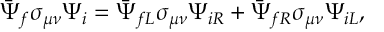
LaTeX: \bar { \Psi } _ { f } \sigma _ { \mu \nu } \Psi _ { i } = \bar { \Psi } _ { f L } \sigma _ { \mu \nu } \Psi _ { i R } + \bar { \Psi } _ { f R } \sigma _ { \mu \nu } \Psi _ { i L } ,